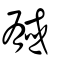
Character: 戫